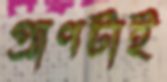
প্রাণটাই